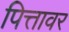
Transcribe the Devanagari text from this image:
पित्तावर